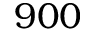
9 0 0